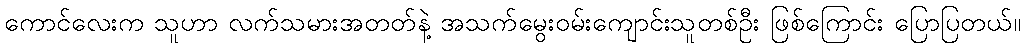
ကောင်လေးက သူဟာ လက်သမားအတတ်နဲ့ အသက်မွေးဝမ်းကျောင်းသူတစ်ဦး ဖြစ်ကြောင်း ပြောပြတယ်။